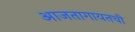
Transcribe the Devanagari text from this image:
आजतागायतची